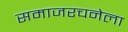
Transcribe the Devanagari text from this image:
समाजरचनेला